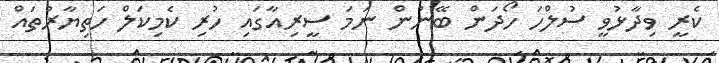
ކެރީ ވިދާޅުވީ ސުލްހަ ހޯދަން ބޭނުން ނަމަ ސީރިއާގައި ހުރި ކެމިކަލް ހަތިޔާރުތައް